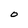
Character: O